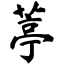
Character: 葶